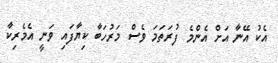
އެކު އޭނާ އަށް އެންމެ ފުރަތަމަ ވެސް މަރުހަބާ ކިޔާފައި ވަނީ އެމެރިކާ